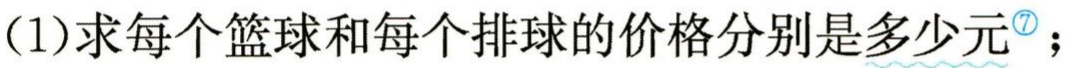
(1)求每个篮球和每个排球的价格分别是多少元<sup>\textcircled{7}</sup>；